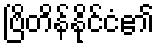
ဗြိတိန်နိုင်ငံ၏